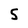
Character: 5